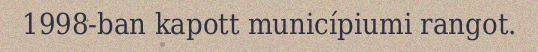
1998-ban kapott municípiumi rangot.